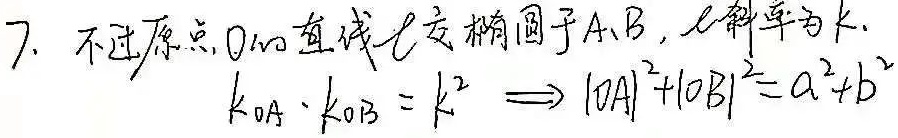
7. 不过原点\(O\)的直线\(l\)交椭圆于\(A、B\)，\(l\)斜率为\(k\).
\(k_{OA}\cdot k_{OB}=k^{2}\implies|OA|^{2}+|OB|^{2}=a^{2}+b^{2}\)